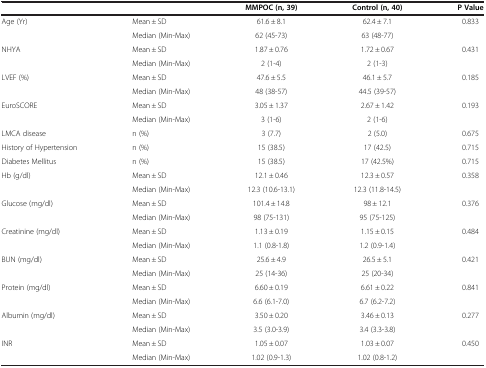
<table><thead><tr><td><b> </b></td><td><b> </b></td><td><b>MMPOC (n, 39)</b></td><td><b>Control (n, 40)</b></td><td><b>P Value</b></td></tr></thead><tbody><tr><td rowspan="2">Age (Yr)</td><td>Mean ± SD</td><td>61.6 ± 8.1</td><td>62.4 ± 7.1</td><td>0.833</td></tr><tr><td>Median (Min-Max)</td><td>62 (45-73)</td><td>63 (48-77)</td><td> </td></tr><tr><td rowspan="2">NHYA</td><td>Mean ± SD</td><td>1.87 ± 0.76</td><td>1.72 ± 0.67</td><td>0.431</td></tr><tr><td>Median (Min-Max)</td><td>2 (1-4)</td><td>2 (1-3)</td><td> </td></tr><tr><td rowspan="2">LVEF (%)</td><td>Mean ± SD</td><td>47.6 ± 5.5</td><td>46.1 ± 5.7</td><td>0.185</td></tr><tr><td>Median (Min-Max)</td><td>48 (38-57)</td><td>44.5 (39-57)</td><td> </td></tr><tr><td rowspan="2">EuroSCORE</td><td>Mean ± SD</td><td>3.05 ± 1.37</td><td>2.67 ± 1.42</td><td>0.193</td></tr><tr><td>Median (Min-Max)</td><td>3 (1-6)</td><td>2 (1-6)</td><td> </td></tr><tr><td>LMCA disease</td><td>n (%)</td><td>3 (7.7)</td><td>2 (5.0)</td><td>0.675</td></tr><tr><td>History of Hypertension</td><td>n (%)</td><td>15 (38.5)</td><td>17 (42.5)</td><td>0.715</td></tr><tr><td>Diabetes Mellitus</td><td>n (%)</td><td>15 (38.5)</td><td>17 (42.5%)</td><td>0.715</td></tr><tr><td rowspan="2">Hb (g/dl)</td><td>Mean ± SD</td><td>12.1 ± 0.46</td><td>12.3 ± 0.57</td><td>0.358</td></tr><tr><td>Median (Min-Max)</td><td>12.3 (10.6-13.1)</td><td>12.3 (11.8-14.5)</td><td> </td></tr><tr><td rowspan="2">Glucose (mg/dl)</td><td>Mean ± SD</td><td>101.4 ± 14.8</td><td>98 ± 12.1</td><td>0.376</td></tr><tr><td>Median (Min-Max)</td><td>98 (75-131)</td><td>95 (75-125)</td><td> </td></tr><tr><td rowspan="2">Creatinine (mg/dl)</td><td>Mean ± SD</td><td>1.13 ± 0.19</td><td>1.15 ± 0.15</td><td>0.484</td></tr><tr><td>Median (Min-Max)</td><td>1.1 (0.8-1.8)</td><td>1.2 (0.9-1.4)</td><td> </td></tr><tr><td rowspan="2">BUN (mg/dl)</td><td>Mean ± SD</td><td>25.6 ± 4.9</td><td>26.5 ± 5.1</td><td>0.421</td></tr><tr><td>Median (Min-Max)</td><td>25 (14-36)</td><td>25 (20-34)</td><td> </td></tr><tr><td rowspan="2">Protein (mg/dl)</td><td>Mean ± SD</td><td>6.60 ± 0.19</td><td>6.61 ± 0.22</td><td>0.841</td></tr><tr><td>Median (Min-Max)</td><td>6.6 (6.1-7.0)</td><td>6.7 (6.2-7.2)</td><td> </td></tr><tr><td rowspan="2">Albumin (mg/dl)</td><td>Mean ± SD</td><td>3.50 ± 0.20</td><td>3.46 ± 0.13</td><td>0.277</td></tr><tr><td>Median (Min-Max)</td><td>3.5 (3.0-3.9)</td><td>3.4 (3.3-3.8)</td><td> </td></tr><tr><td>INR</td><td>Mean ± SD</td><td>1.05 ± 0.07</td><td>1.03 ± 0.07</td><td>0.450</td></tr><tr><td> </td><td>Median (Min-Max)</td><td>1.02 (0.9-1.3)</td><td>1.02 (0.8-1.2)</td><td> </td></tr></tbody></table>